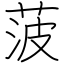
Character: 菠